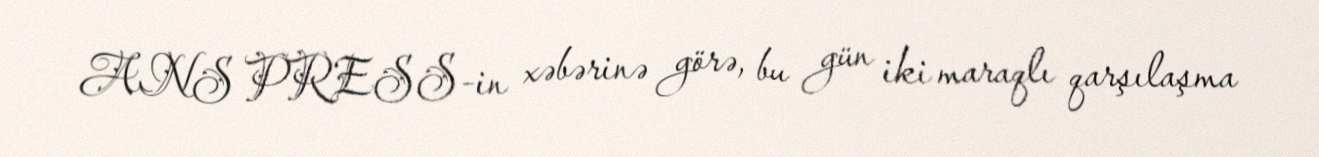
ANS PRESS-in xəbərinə görə, bu gün iki maraqlı qarşılaşma